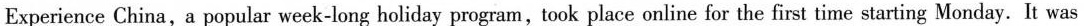
Experience China,a popular week-long holiday program,took place online for the first time starting Monday. It was